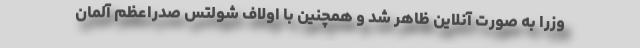
وزرا به صورت آنلاین ظاهر شد و همچنین با اولاف شولتس صدراعظم آلمان